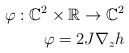
LaTeX: \begin{align*}\varphi:\mathbb{C}^2 \times \mathbb{R}\rightarrow \mathbb{C}^2\\\varphi=2J \nabla_{z}h\end{align*}